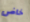
خاض